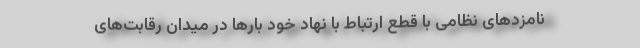
نامزدهای نظامی با قطع ارتباط با نهاد خود بارها در میدان رقابت‌های